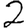
Digit: 2